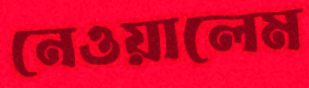
নেওয়ালেম